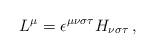
LaTeX: \begin{align*}L^{\mu }=\epsilon ^{\mu \nu \sigma \tau }H_{\nu \sigma \tau }\,,\end{align*}